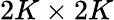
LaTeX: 2K\times 2K